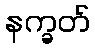
နက္ခတ်